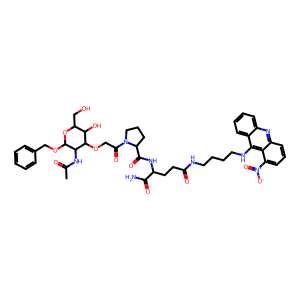
SMILES: CC(=O)NC1C(OCc2ccccc2)OC(CO)C(O)C1OCC(=O)N1CCCC1C(=O)NC(CCC(=O)NCCCCNc1c2ccccc2nc2cccc([N+](=O)[O-])c12)C(N)=O
Inhibits HIV replication: No